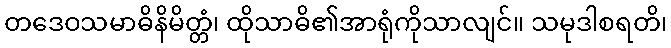
တဒေဝသမာဓိနိမိတ္တံ၊ ထိုသာဓိ၏အာရုံကိုသာလျင်။ သမုဒါစရတိ၊